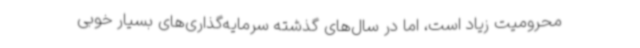
محرومیت زیاد است، اما در سال‌های گذشته سرمایه‌گذاری‌های بسیار خوبی